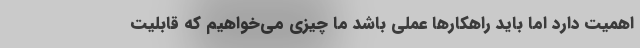
اهمیت دارد اما باید راهکارها عملی باشد ما چیزی می‌خواهیم که قابلیت